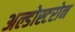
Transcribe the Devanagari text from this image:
अल्डोस्टरोन